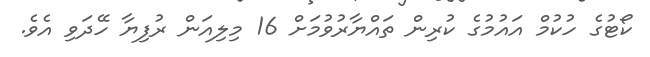
ކޯޓުގެ ހުކުމް އައުމުގެ ކުރިން ތައްޔާރުވުމަށް 16 މިލިއަން ރުފިޔާ ހޭދަވި އެވެ.